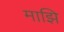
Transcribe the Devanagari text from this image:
माझि